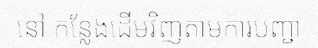
នៅ កន្លែងដើមវិញតាមការបញ្ជា